King Institute of Preventive Medicine Micro-Biological Section reports 1912-19
Year: 1912
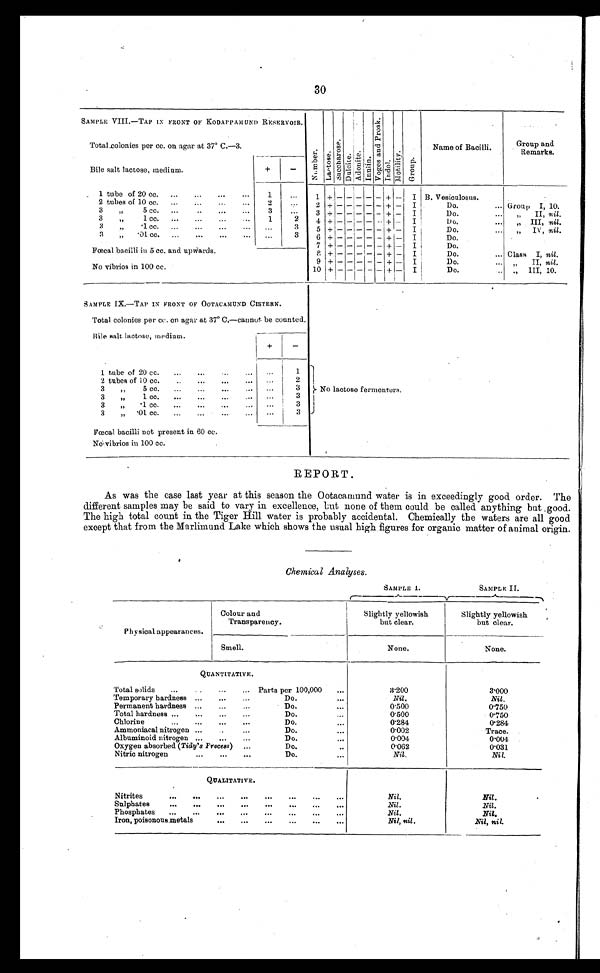
30
SAMPLE VIII.—TAP IN FRONT OF KODAPPAM UND RESERVOIR.
Number.
L a c t o s e .
Sacchar ose.
Dulcite.
Adonite.
Inulin.
Vo g e s a n d P r o s k .
Indol.
Motility.
Group.
Name of Bacilli.
Group and
Remarks.
Total colonies per cc. on agar at 37° C.—3.
Bile salt lactose, medium.
+
-
1 tube of 20 cc . . . .
1
. . .
1
+ -
- -
-
-
+ -
I
B. Vesiculosus.
2 tubes of 10 cc....
2
. . .
2
+ -
- -
-
-
+ -
I
Do. . . .
Group
I, 10.
3
" 5 cc. . . .
3
. . .
3
+ -
- -
-
-
+ -
I
Do. . . .
" II, nil.
3 " 1 cc. . . .
1
2
4
+ -
- -
-
-
+ -
I
Do. . . .
" I I I ,
n i l .
3 " .1 cc. . . .
. . .
3
5
+ -
- -
-
-
+ -
I
Do. . . .
IV, nil.
3 " . 0 1 c c . . . .
. . .
3
6
+ -
- -
-
-
+ -
I
Do. . . .
7 + -
- -
-
-
+ -
I
Do. . . .
Fœcal bacilli in 5 cc. and upwards
8 + -
- -
-
- + -
I
Do. . . .
Class I, nil.
9 + -
- -
-
-
+ -
I
Do. . . .
" II, nil.
No vibrios in 100 cc.
10 +
-
- -
-
-
+ -
Do. . . .
" III, 10.
SAMPLE IX.—TAP IN FRONT OF OOTACAMUND CISTERN.
Total colonies per cc. on agar at 37° C.—cannot be counted.
Bile salt lactose, medium.
+
-
1 tube of 20 cc. . . .
. . .
1
2 tubes of 10 cc. . . .
. . .
2
No lactose fermenters.
3 " 5 cc.
. . .
. . .
3
3 " 1 cc. . . .
. . .
3
3 " .1 cc. . . .
. . .
3
3
3 " .01 cc. . . .
. . .
Fœcal bacilli not present in 60 cc.
No vibrios in 100 cc.
REPORT.
As was the case last year at this season the Ootacamund water is in exceedingly good. order. The
different samples may be said to vary in excellence, but none of them could be called anything but, good.
The high total count in the Tiger Hill water is probably accidental. Chemically the waters are all good
except that from the Marlimund Lake which shows the usual high figures for organic matter of animal origin.
Chemical Analyses.
SAMPLE I.
SAMPLE II.
Physical appearances.
Colour and
Transparency.
Slightly yellowish
but clear.
Slightly yellowish
but clear.
Smell.
None.
None.
QUANTITATIVE.
Total solids . . . Parts per 100,000 . . .
3.200
3.000
Temporary hardness . . .
Do. . . .
Nil.
Nil.
Permanent hardness . . .
Do. . . .
0.500
0.750
Total hardness . . .
Do. . . .
0.500
0.750
Chlorine . . .
Do. . . .
0.284
0.284
Ammoniacal nitrogen . . .
Do. . . .
0.002
Trace.
Albuminoid nitrogen . . .
Do. . . .
0.004
0.004
Oxygen absorbed ( Tidy's Process ) . . .
Do. . . .
0.062
0.031
Nitric nitrogen . . .
Do. . . .
Nil.
Nil.
QUALITATIVE.
Nitrites . . .
Nil.
Nil.
Sulphates . . .
Nil.
Nil.
Phosphates . . .
Nil.
Nil.
Iron, poisonous metals . . .
Nil, nil.
Nil, nil.